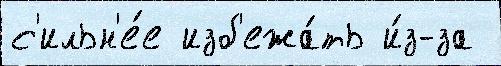
с'ильн'е́е изб'ежа́ть и́з-за